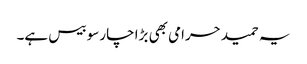
یہ حمید حرامی بھی بڑا چارسو بیس ہے۔